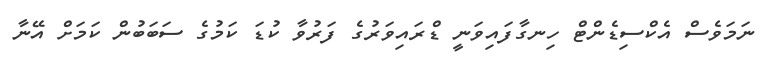
ނަމަވެސް އެކްސިޑެންޓް ހިނގާފައިވަނީ ޑްރައިވަރުގެ ފަރުވާ ކުޑަ ކަމުގެ ސަބަބުން ކަމަށް އޭނާ